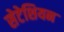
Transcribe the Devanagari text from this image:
सेटेशियन